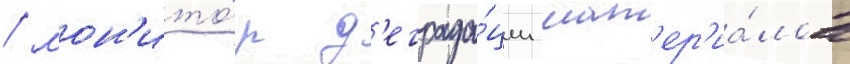
/ мон'ито́р д'еграда́ции мат'ер'иа́лов